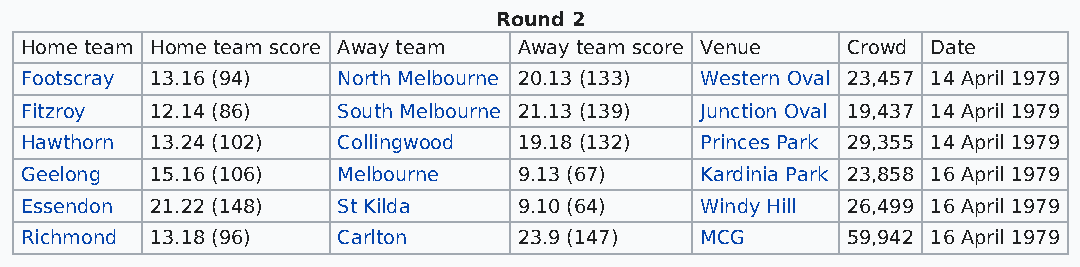
Round 2
 Home team Home team score Away team Away team score Venue Crowd Date
 Footscray 13.16 (94) North Melbourne 20.13 (133) Western Oval 23,457 14 April 1979
 Fitzroy  12.14 (86)  South Melbourne 21.13 (139) Junction Oval 19,437 14 April 1979
 Hawthorn 13.24 (102) Collingwood 19.18 (132) Princes Park 29,355 14 April 1979
 Geelong  15.16 (106) Melbourne   9.13 (67)   Kardinia Park 23,858 16 April 1979
 Essendon 21.22 (148) St Kilda    9.10 (64)   Windy Hill 26,499 16 April 1979
 Richmond 13.18 (96)  Carlton     23.9 (147)  MCG       59,942 16 April 1979